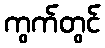
ကွက်တွင်